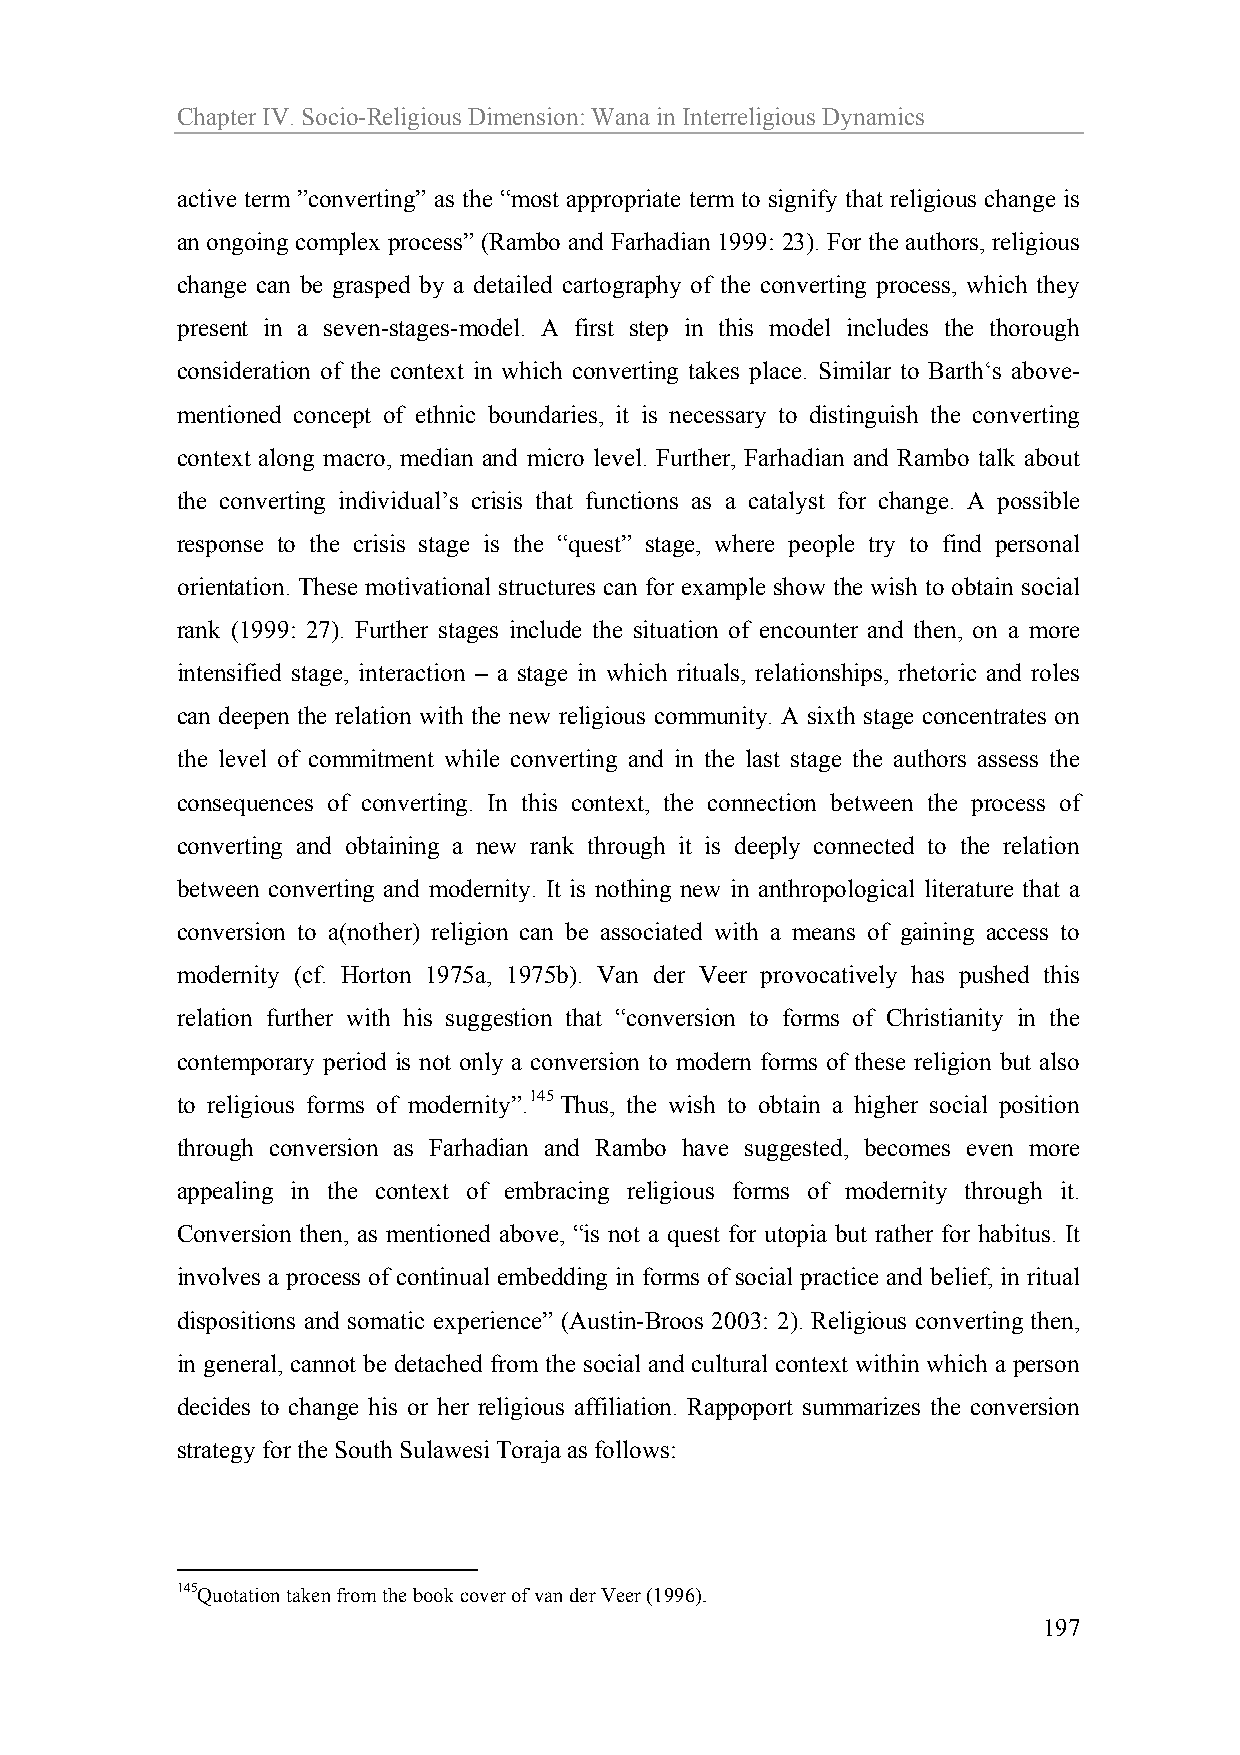
Chapter IV. Socio-Religious Dimension: Wana in Interreligious Dynamics
 active term ”converting” as the “most appropriate term to signify that religious change is
 an ongoing complex process” (Rambo and Farhadian 1999: 23). For the authors, religious
 change can be grasped by a detailed cartography of the converting process, which they
 present in a seven-stages-model. A first step in this model includes the thorough
 consideration of the context in which converting takes place. Similar to Barth‘s above-
 mentioned concept of ethnic boundaries, it is necessary to distinguish the converting
 context along macro, median and micro level. Further, Farhadian and Rambo talk about
 the converting individual’s crisis that functions as a catalyst for change. A possible
 response to the crisis stage is the “quest” stage, where people try to find personal
 orientation. These motivational structures can for example show the wish to obtain social
 rank (1999: 27). Further stages include the situation of encounter and then, on a more
 intensified stage, interaction – a stage in which rituals, relationships, rhetoric and roles
 can deepen the relation with the new religious community. A sixth stage concentrates on
 the level of commitment while converting and in the last stage the authors assess the
 consequences of converting. In this context, the connection between the process of
 converting and obtaining a new rank through it is deeply connected to the relation
 between converting and modernity. It is nothing new in anthropological literature that a
 conversion to a(nother) religion can be associated with a means of gaining access to
 modernity (cf. Horton 1975a, 1975b). Van der Veer provocatively has pushed this
 relation further with his suggestion that “conversion to forms of Christianity in the
 contemporary period is not only a conversion to modern forms of these religion but also
 to religious forms of modernity”.145 Thus, the wish to obtain a higher social position
 through conversion as Farhadian and Rambo have suggested, becomes even more
 appealing in the context of embracing religious forms of modernity through it.
 Conversion then, as mentioned above, “is not a quest for utopia but rather for habitus. It
 involves a process of continual embedding in forms of social practice and belief, in ritual
 dispositions and somatic experience” (Austin-Broos 2003: 2). Religious converting then,
 in general, cannot be detached from the social and cultural context within which a person
 decides to change his or her religious affiliation. Rappoport summarizes the conversion
 strategy for the South Sulawesi Toraja as follows:
 145Quotation taken from the book cover of van der Veer (1996).
 197